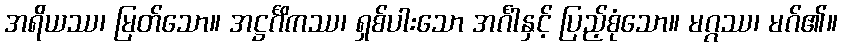
အရိယဿ၊ မြတ်သော။ အဋ္ဌင်္ဂိကဿ၊ ရှစ်ပါးသော အင်္ဂါနှင့် ပြည့်စုံသော။ မဂ္ဂဿ၊ မဂ်၏။